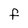
Character: f